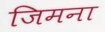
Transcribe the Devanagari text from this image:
जिमना